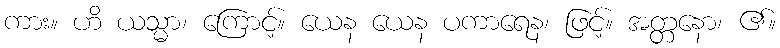
ကား။ ဟိ ယသ္မာ၊ ကြောင့်။ ယေန ယေန ပကာရေန၊ ဖြင့်။ အတ္တနော၊ ၏။